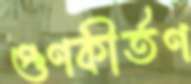
গুণকীর্তণ